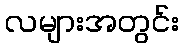
လများအတွင်း